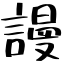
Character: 謾